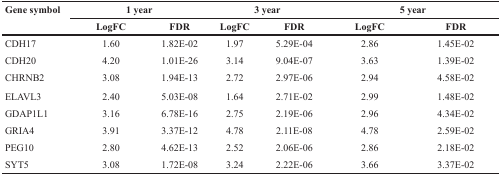
| Gene symbol | <COLSPAN=2> 1 year | <COLSPAN=2> 3 year | <COLSPAN=2> 5 year |
 |  | LogFC | FDR | LogFC | FDR | LogFC | FDR |
 | --- | --- | --- | --- | --- | --- | --- |
 | CDH17 | 1.60 | 1.82E-02 | 1.97 | 5.29E-04 | 2.86 | 1.45E-02 |
 | CDH20 | 4.20 | 1.01E-26 | 3.14 | 9.04E-07 | 3.63 | 1.39E-02 |
 | CHRNB2 | 3.08 | 1.94E-13 | 2.72 | 2.97E-06 | 2.94 | 4.58E-02 |
 | ELAVL3 | 2.40 | 5.03E-08 | 1.64 | 2.71E-02 | 2.99 | 1.48E-02 |
 | GDAP1L1 | 3.16 | 6.78E-16 | 2.75 | 2.19E-06 | 2.96 | 4.34E-02 |
 | GRIA4 | 3.91 | 3.37E-12 | 4.78 | 2.11E-08 | 4.78 | 2.59E-02 |
 | PEG10 | 2.80 | 4.62E-13 | 2.52 | 2.06E-06 | 2.86 | 2.18E-02 |
 | SYT5 | 3.08 | 1.72E-08 | 3.24 | 2.22E-06 | 3.66 | 3.37E-02 |